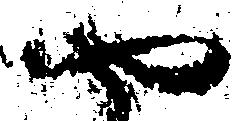
や